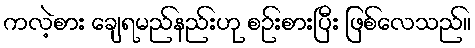
ကလဲ့စား ချေရမည်နည်းဟု စဉ်းစားပြီး ဖြစ်လေသည်။